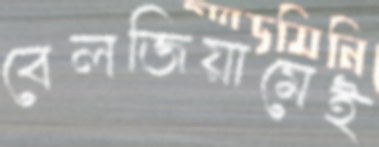
বেলজিয়ামেই